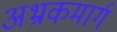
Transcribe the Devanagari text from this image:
अभ्रकमार्ग